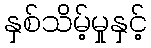
နှစ်သိမ့်မှုနှင့်